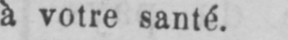
a votre santé.